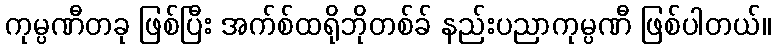
ကုမ္ပဏီတခု ဖြစ်ပြီး အက်စ်ထရိုဘိုတစ်ခ် နည်းပညာကုမ္ပဏီ ဖြစ်ပါတယ်။